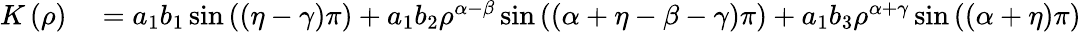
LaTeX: \begin{array}{rl}{K\left(\rho\right)}&{{}=a_{1}b_{1}\sin\left(\left(\eta-\gamma\right)\pi\right)+a_{1}b_{2}\rho^{\alpha-\beta}\sin\left(\left(\alpha+\eta-\beta-\gamma\right)\pi\right)+a_{1}b_{3}\rho^{\alpha+\gamma}\sin\left(\left(\alpha+\eta\right)\pi\right)}\end{array}